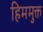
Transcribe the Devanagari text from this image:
हिममुक्त